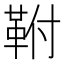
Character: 𮧖